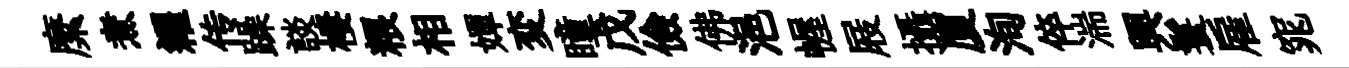
縻煮糴传躁談棲粮相嬋変瞳戊儉佛浥幄屐攝厦洵倅湍興鬟雇窕